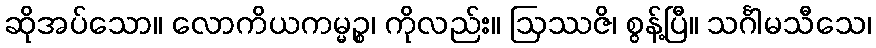
ဆိုအပ်သော။ လောကိယကမ္မဉ္စ၊ ကိုလည်း။ ဩဿဇိ၊ စွန့်ပြီ။ သင်္ဂါမသီသေ၊